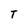
Character: T